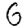
Digit: 6